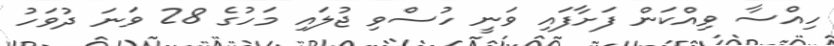
ހިއްސާ ވިއްކަން ފަށާފައި ވަނީ ހުސްވި ޖުލައި މަހުގެ 28 ވަނަ ދުވަހު